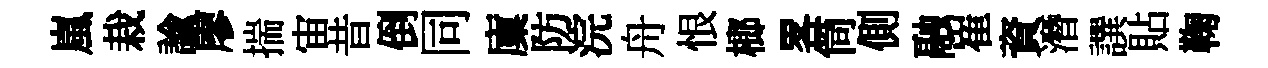
嵐栽諭廖揣宙昔倒同廩防浣舟恨榔畧筒側融崔資潛譔貼鞠